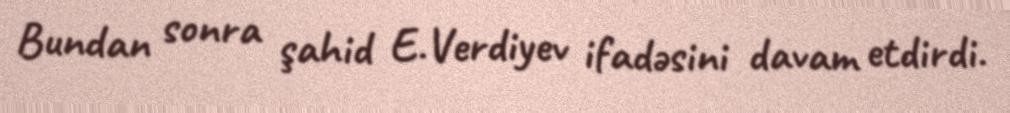
Bundan sonra şahid E.Verdiyev ifadəsini davam etdirdi.